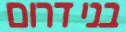
בני דרום